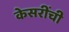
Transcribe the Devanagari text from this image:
केसरींची